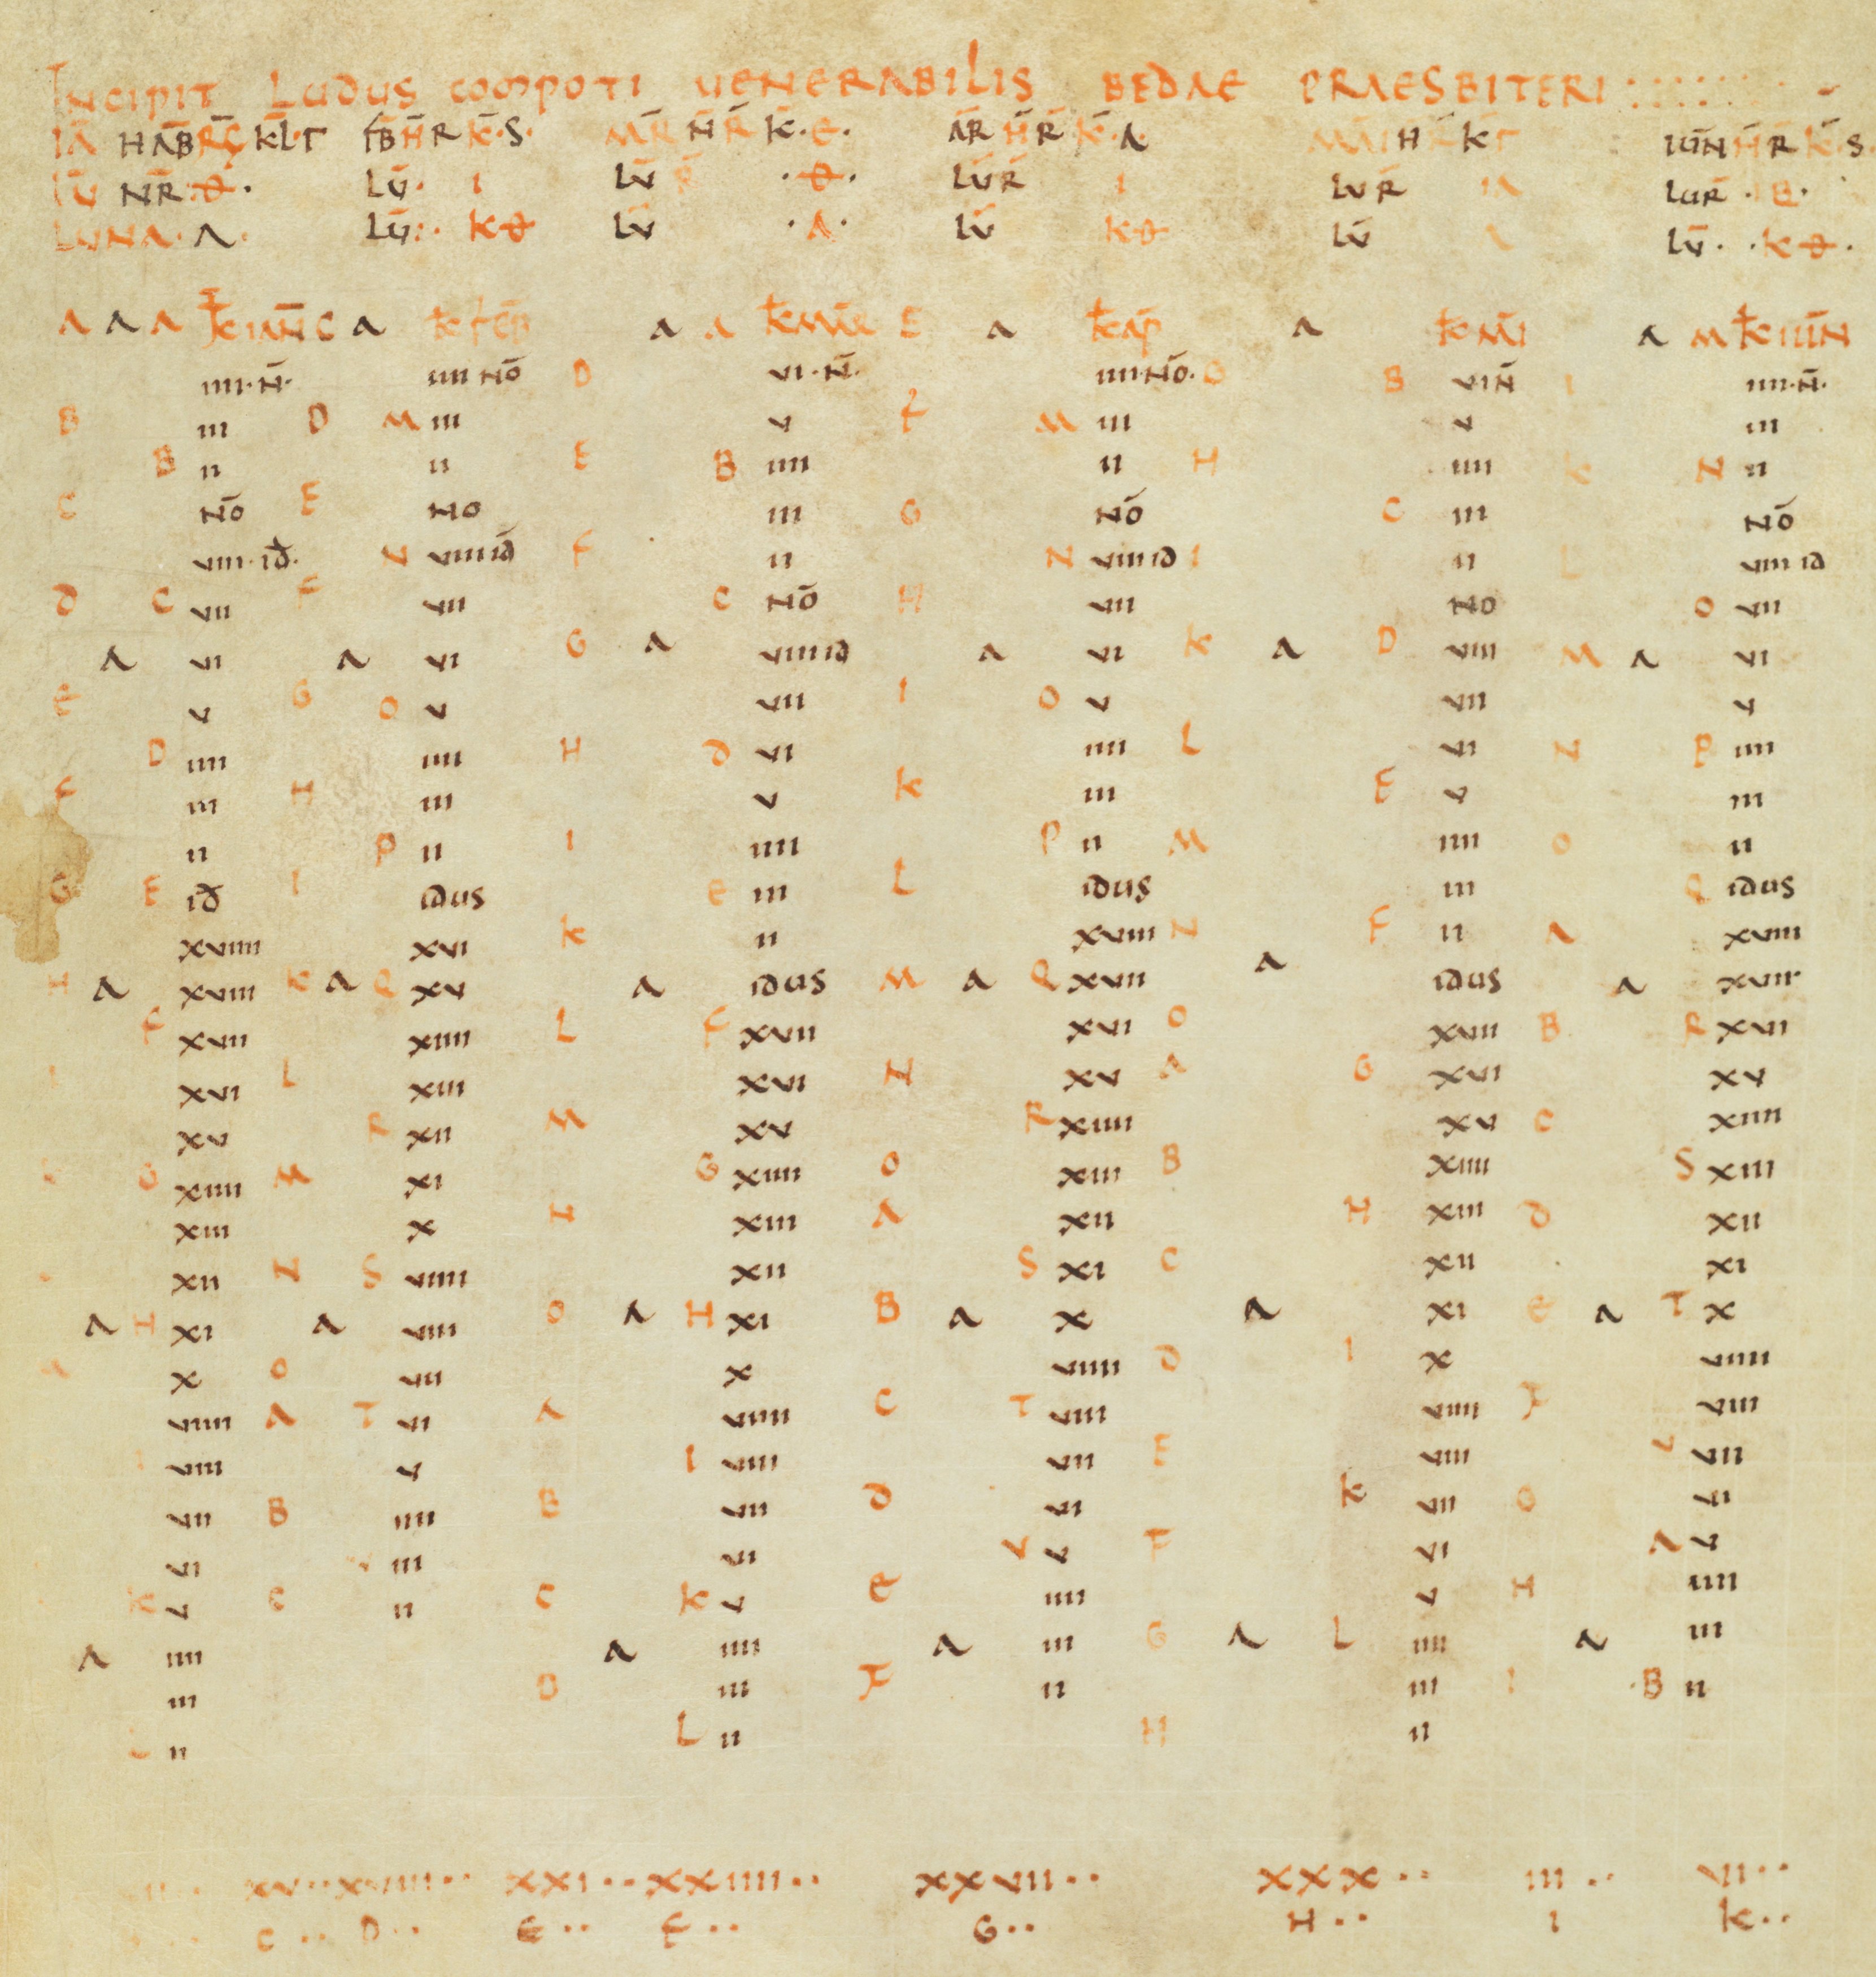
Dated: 821–851